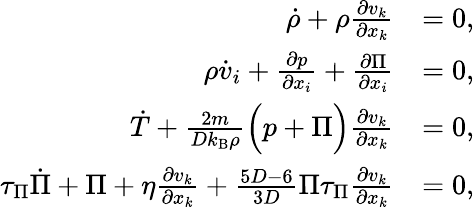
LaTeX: \begin{array}{rl}{\dot{\rho}+\rho\frac{\partial v_{k}}{\partial x_{k}}}&{=0,}\\ {\rho\dot{v}_{i}+\frac{\partial p}{\partial x_{i}}+\frac{\partial\Pi}{\partial x_{i}}}&{=0,}\\ {\dot{T}+\frac{2m}{Dk_{\textrm{B}}\rho}\Big(p+\Pi\Big)\frac{\partial v_{k}}{\partial x_{k}}}&{=0,}\\ {\tau_{\Pi}\dot{\Pi}+\Pi+\eta\frac{\partial v_{k}}{\partial x_{k}}+\frac{5D-6}{3D}\Pi\tau_{\Pi}\frac{\partial v_{k}}{\partial x_{k}}}&{=0,}\end{array}